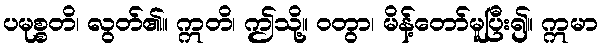
ပမုစ္စတိ၊ လွတ်၏။ ဣတိ၊ ဤသို့။ ဝတွာ၊ မိန့်တော်မူပြီး၍။ ဣမာ